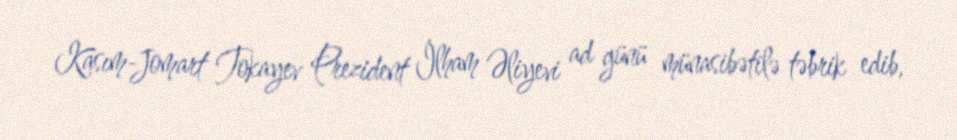
Kasım-Jomart Tokayev Prezident İlham Əliyevi ad günü münasibətilə təbrik edib,